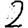
Digit: 2